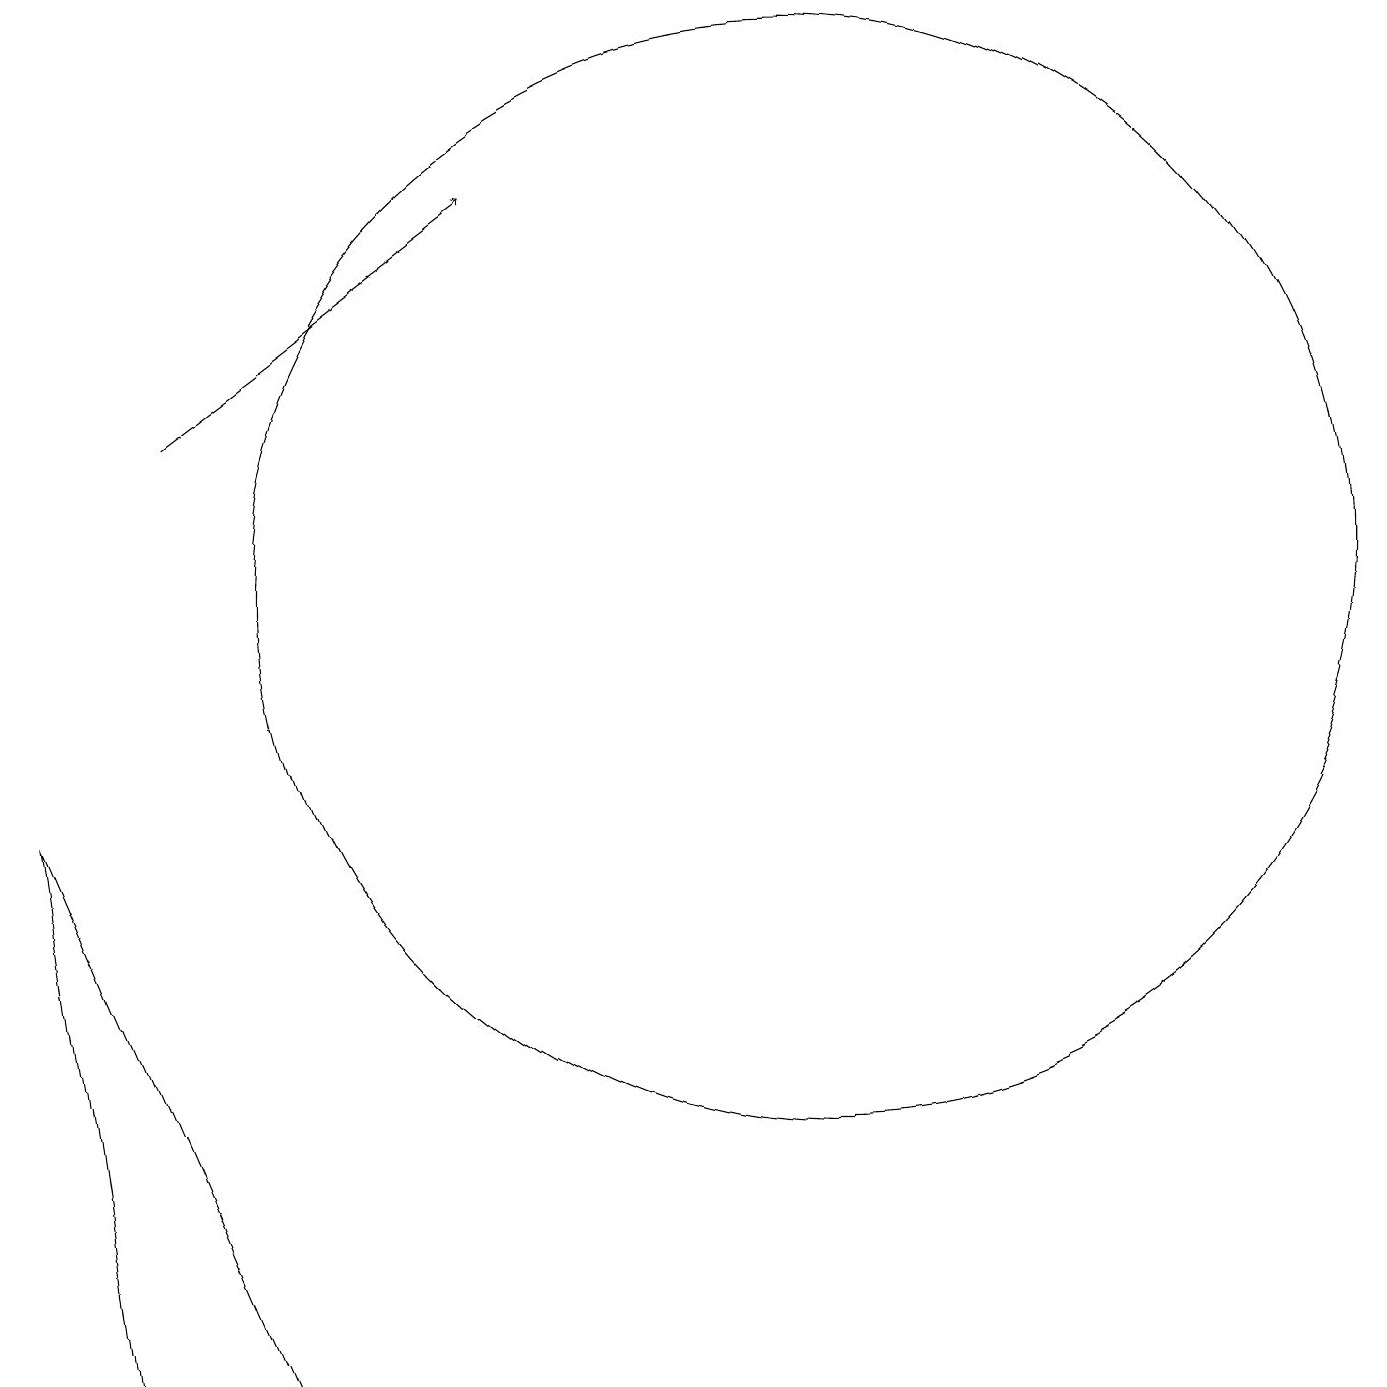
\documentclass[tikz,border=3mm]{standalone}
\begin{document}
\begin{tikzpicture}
\draw (12,12) circle (7);
\draw (2,9) -- (3,2) -- (5,2) -- cycle;
\draw[->] (4,14) -- (8,17);
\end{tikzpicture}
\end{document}